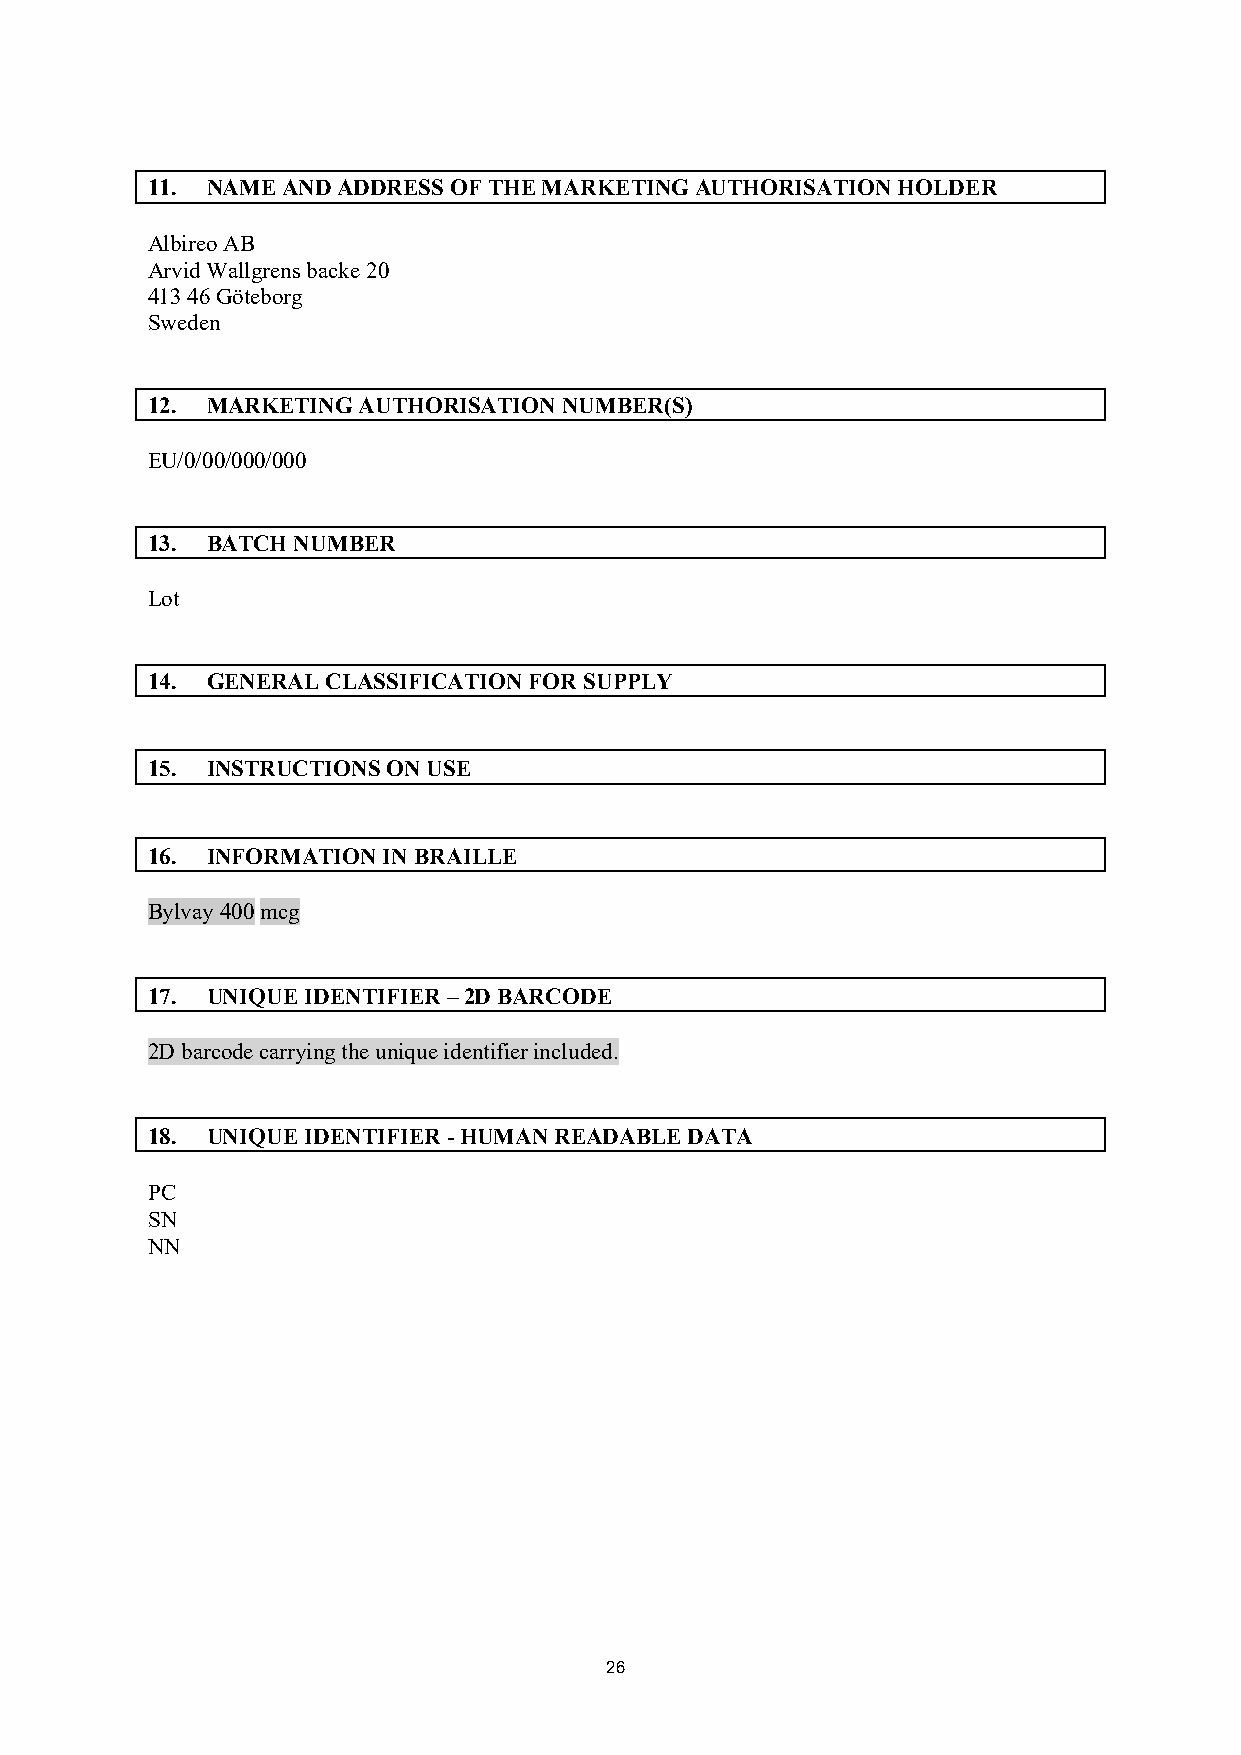
11. NAME AND ADDRESS OF THE MARKETING AUTHORISATION HOLDER
 Albireo AB
 Arvid Wallgrens backe 20
 413 46 Göteborg
 Sweden
 12. MARKETING AUTHORISATION NUMBER(S)
 EU/0/00/000/000
 13. BATCH NUMBER
 Lot
 14. GENERAL CLASSIFICATION FOR SUPPLY
 15. INSTRUCTIONS ON USE
 16. INFORMATION IN BRAILLE
 Bylvay 400 mcg
 17. UNIQUE IDENTIFIER – 2D BARCODE
 2D barcode carrying the unique identifier included.
 18. UNIQUE IDENTIFIER - HUMAN READABLE DATA
 PC
 SN
 NN
 26